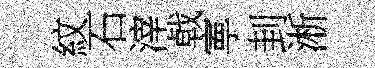
紋石滓㦸寕刲淅